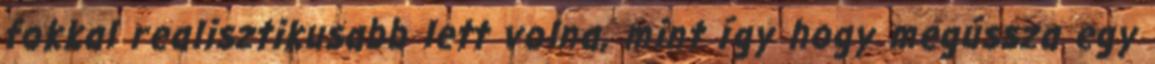
fokkal realisztikusabb lett volna, mint így hogy megússza egy